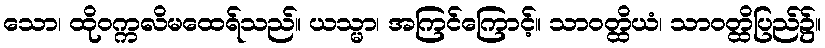
သော၊ ထိုဝက္ကလိမထေရ်သည်။ ယသ္မာ၊ အကြင်ကြောင့်။ သာဝတ္ထိယံ၊ သာဝတ္ထိပြည်၌။